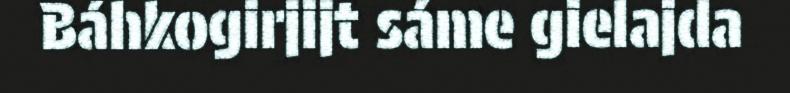
Báhkogirjijt sáme gielajda